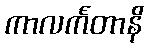
ကာလင်္ကတာနိ